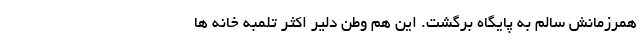
همرزمانش سالم به پايگاه برگشت. اين هم وطن دلير اكثر تلمبه خانه ها